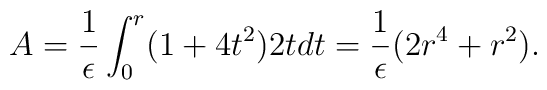
A = {1\over \epsilon} \int_0^r (1 + 4 t^2) 2 t d t = {1\over \epsilon} (2 r^4 + r^2).